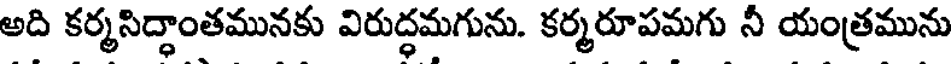
అది కర్మసిద్ధాంతమునకు విరుద్ధమగును. కర్మరూపమగు నీ యంత్రమును